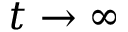
t \to \infty